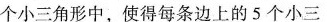
个小三角形中，使得每条边上的5个小三